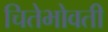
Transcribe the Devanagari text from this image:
चितेभोवती